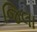
જિલા